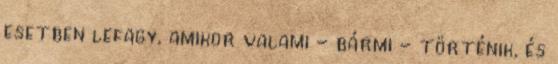
esetben lefagy, amikor valami - bármi - történik, és